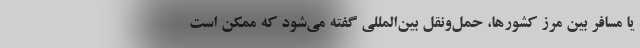
یا مسافر بین مرز کشورها، حمل‌ونقل بین‌المللی گفته می‌شود که ممکن است